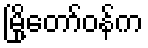
မြို့တော်ဝန်က